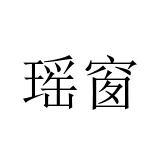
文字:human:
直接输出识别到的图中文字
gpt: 瑶窗